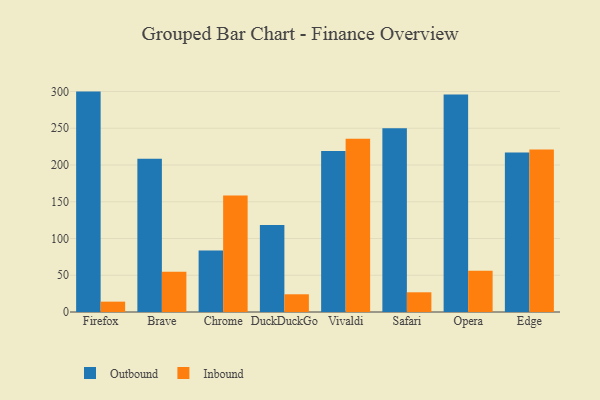
{"axis": {"x": "Browser", "y": "Bounce Rate (%)"}, "legend": ["Inbound", "Outbound"], "data": [{"x": "Firefox", "y": 299.9, "type": "Outbound"}, {"x": "Firefox", "y": 14.1, "type": "Inbound"}, {"x": "Brave", "y": 208.5, "type": "Outbound"}, {"x": "Brave", "y": 54.6, "type": "Inbound"}, {"x": "Chrome", "y": 83.6, "type": "Outbound"}, {"x": "Chrome", "y": 158.4, "type": "Inbound"}, {"x": "DuckDuckGo", "y": 118.5, "type": "Outbound"}, {"x": "DuckDuckGo", "y": 24.1, "type": "Inbound"}, {"x": "Vivaldi", "y": 219.1, "type": "Outbound"}, {"x": "Vivaldi", "y": 235.6, "type": "Inbound"}, {"x": "Safari", "y": 250.2, "type": "Outbound"}, {"x": "Safari", "y": 26.8, "type": "Inbound"}, {"x": "Opera", "y": 295.9, "type": "Outbound"}, {"x": "Opera", "y": 56.2, "type": "Inbound"}, {"x": "Edge", "y": 217.2, "type": "Outbound"}, {"x": "Edge", "y": 221.2, "type": "Inbound"}]}